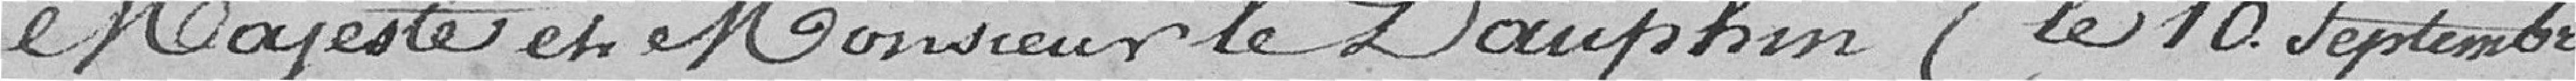
Majesté et Monsieur le Dauphin (le 10 septembre